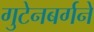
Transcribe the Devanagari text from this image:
गुटेनबर्गने